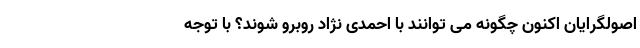
اصولگرایان اکنون چگونه می توانند با احمدی نژاد روبرو شوند؟ با توجه